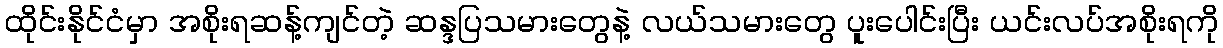
ထိုင်းနိုင်ငံမှာ အစိုးရဆန့်ကျင်တဲ့ ဆန္ဒပြသမားတွေနဲ့ လယ်သမားတွေ ပူးပေါင်းပြီး ယင်းလပ်အစိုးရကို